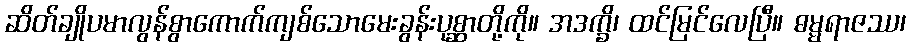
ဆိတ်ချိုပမာလွန်စွာကောက်ကျစ်သောမေးခွန်းပုစ္ဆာတို့ကို။ အဒက္ခိ၊ ထင်မြင်လေပြီ။ ဓမ္မရာဇဿ၊